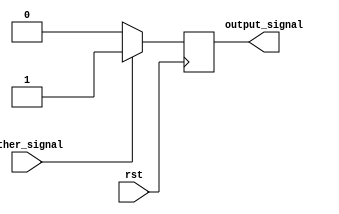
module reset_logic(
    input rst,
    input other_signal,
    output reg output_signal
);

always @(negedge rst) begin
    // Code block triggered on negative edge transition of 'rst'
    if (other_signal == 1'b1) begin
        output_signal <= 1'b1; // Example reset logic
    end else begin
        output_signal <= 1'b0;
    end
end

endmodule